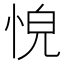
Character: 𢚋